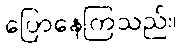
ပြောနေကြသည်။